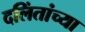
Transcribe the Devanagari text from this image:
दलिंतांच्या